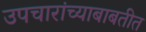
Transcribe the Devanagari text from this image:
उपचारांच्याबाबतीत